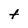
Character: t